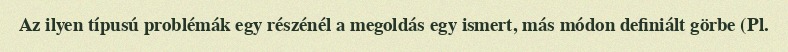
Az ilyen típusú problémák egy részénél a megoldás egy ismert, más módon definiált görbe (Pl.